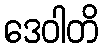
ဒေဝါတိ